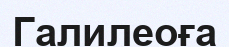
Галилеоға